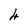
Character: 4